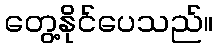
တွေ့နိုင်ပေသည်။